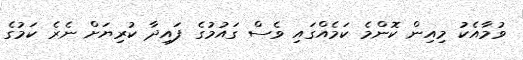
ވުމާއެކު މިއިން ކޮންމެ ކަމެއްގައި ވެސް ގައުމުގެ ފައިދާ ކުރިޔަށް ނެރެ ކަމުގެ